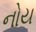
નોય